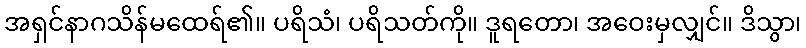
အရှင်နာဂသိန်မထေရ်၏။ ပရိသံ၊ ပရိသတ်ကို။ ဒူရတော၊ အဝေးမှလျှင်။ ဒိသွာ၊